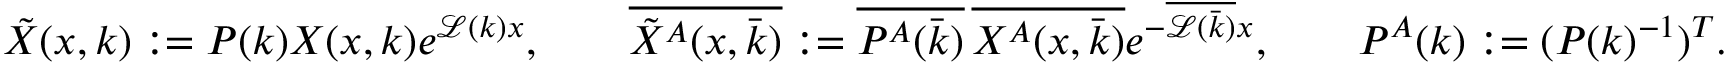
\begin{array} { r } { \tilde { X } ( x , k ) : = P ( k ) X ( x , k ) e ^ { \mathcal { L } ( k ) x } , \qquad \overline { { \tilde { X } ^ { A } ( x , \bar { k } ) } } : = \overline { { P ^ { A } ( \bar { k } ) } } \, \overline { { X ^ { A } ( x , \bar { k } ) } } e ^ { - \overline { { \mathcal { L } ( \bar { k } ) } } x } , \qquad P ^ { A } ( k ) : = ( P ( k ) ^ { - 1 } ) ^ { T } . } \end{array}